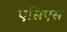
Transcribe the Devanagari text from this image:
एसिएस